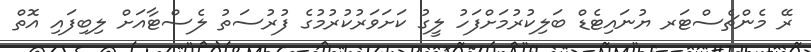
ރޭ މެންޗެސްޓަރ ޔުނައިޓެޑް ބަލިކުރުމަށްފަހު ލީގު ކަށަވަރުކުރުމުގެ ފުރުސަތު ލެސްޓާއަށް ލިބިފައި އޮތް